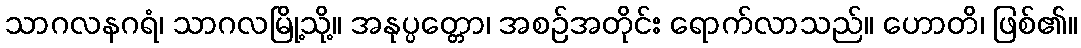
သာဂလနဂရံ၊ သာဂလမြို့သို့။ အနုပ္ပတ္တော၊ အစဉ်အတိုင်း ရောက်လာသည်။ ဟောတိ၊ ဖြစ်၏။